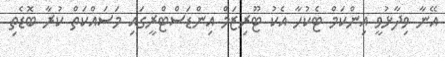
އޭނާ ވިދާޅުވީ އިންކަމް ޓެކުހާ އެކު ޓޫރިޒަމް އިންޑަސްޓްރީގައި މަސައްކަތް ކުރާ ބޮޑެތި